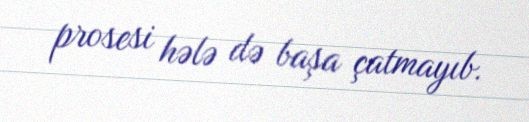
prosesi hələ də başa çatmayıb.